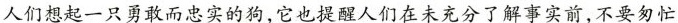
人们想起一只勇敢而忠实的狗，它也提醒人们在未充分了解事实前，不要匆忙